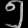
Digit: ၅